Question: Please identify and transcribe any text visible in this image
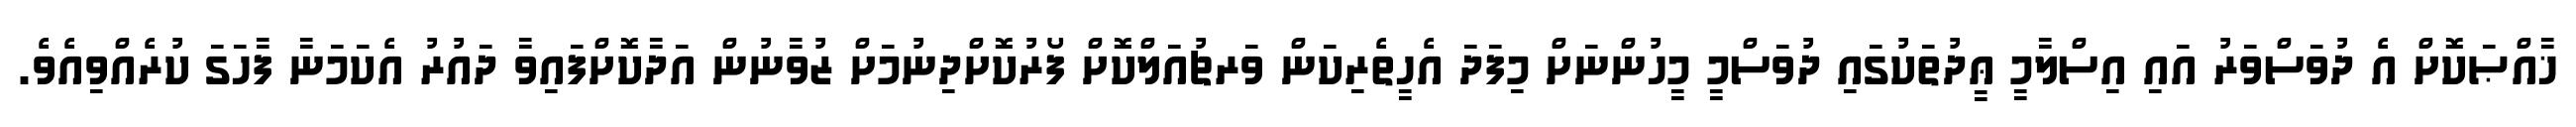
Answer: ޚާއްޞަކޮށް އެ ދުވަސްވަރު އައި އިސްލާމީ ޢީދުތަކުގައި ދުވަސްމީ މީހުންނަށް މިފަދަ އެހީތެރިކަން ވަރޗުއަލްކޮށް ފޯރުކޮށްދިނުމަށް ޒުވާނުން އަދާކޮށްފައިވާ ދައުރު އެކަމަނާ ފާހަގަ ކުރެއްވިއެވެ.